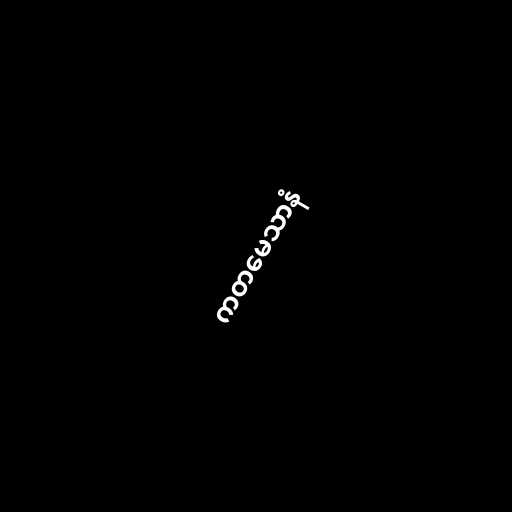
ကတမေသာနံ